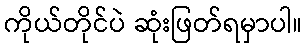
ကိုယ်တိုင်ပဲ ဆုံးဖြတ်ရမှာပါ။